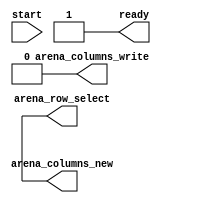

module idler #(
    parameter ARENA_WIDTH = 10,
    parameter ARENA_HEIGHT = 10
) (
    input start,
    output ready,
    output [9:0] arena_row_select,
    output [ARENA_WIDTH-1:0] arena_columns_new,
    output arena_columns_write
);

    assign ready = 1'b1; 
    assign arena_row_select = {10{1'bx}};
    assign arena_columns_new = {ARENA_WIDTH{1'bx}};
    assign arena_columns_write = 1'b0;

endmodule